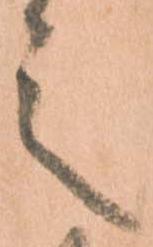
之